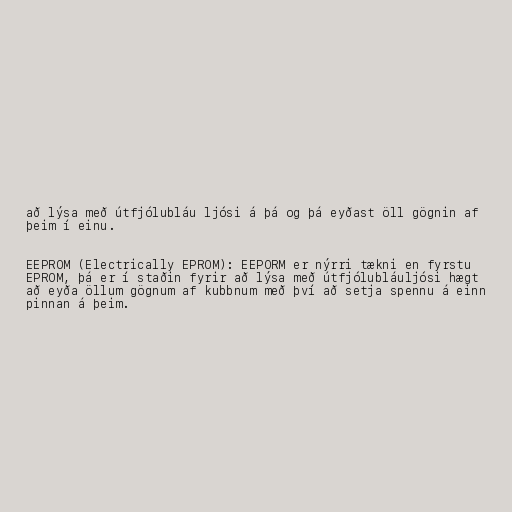
að lýsa með útfjólubláu ljósi á þá og þá eyðast öll gögnin af
þeim í einu.

EEPROM (Electrically EPROM): EEPORM er nýrri tækni en fyrstu
EPROM, þá er í staðin fyrir að lýsa með útfjólubláuljósi hægt
að eyða öllum gögnum af kubbnum með því að setja spennu á einn
pinnan á þeim.